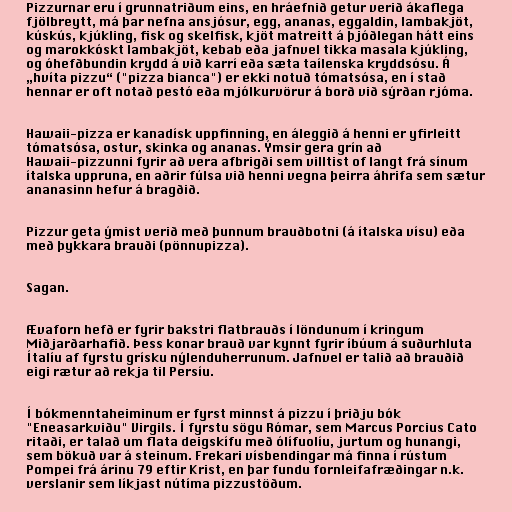
Pizzurnar eru í grunnatriðum eins, en hráefnið getur verið ákaflega
fjölbreytt, má þar nefna ansjósur, egg, ananas, eggaldin, lambakjöt,
kúskús, kjúkling, fisk og skelfisk, kjöt matreitt á þjóðlegan hátt eins
og marokkóskt lambakjöt, kebab eða jafnvel tikka masala kjúkling,
og óhefðbundin krydd á við karrí eða sæta taílenska kryddsósu. Á
„hvíta pizzu“ ("pizza bianca") er ekki notuð tómatsósa, en í stað
hennar er oft notað pestó eða mjólkurvörur á borð við sýrðan rjóma.

Hawaii-pizza er kanadísk uppfinning, en áleggið á henni er yfirleitt
tómatsósa, ostur, skinka og ananas. Ýmsir gera grín að
Hawaii-pizzunni fyrir að vera afbrigði sem villtist of langt frá sínum
ítalska uppruna, en aðrir fúlsa við henni vegna þeirra áhrifa sem sætur
ananasinn hefur á bragðið.

Pizzur geta ýmist verið með þunnum brauðbotni (á ítalska vísu) eða
með þykkara brauði (pönnupizza).

Sagan.

Ævaforn hefð er fyrir bakstri flatbrauðs í löndunum í kringum
Miðjarðarhafið. Þess konar brauð var kynnt fyrir íbúum á suðurhluta
Ítalíu af fyrstu grísku nýlenduherrunum. Jafnvel er talið að brauðið
eigi rætur að rekja til Persíu.

Í bókmenntaheiminum er fyrst minnst á pizzu í þriðju bók
"Eneasarkviðu" Virgils. Í fyrstu sögu Rómar, sem Marcus Porcius Cato
ritaði, er talað um flata deigskífu með ólífuolíu, jurtum og hunangi,
sem bökuð var á steinum. Frekari vísbendingar má finna í rústum
Pompei frá árinu 79 eftir Krist, en þar fundu fornleifafræðingar n.k.
verslanir sem líkjast nútíma pizzustöðum.